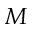
M